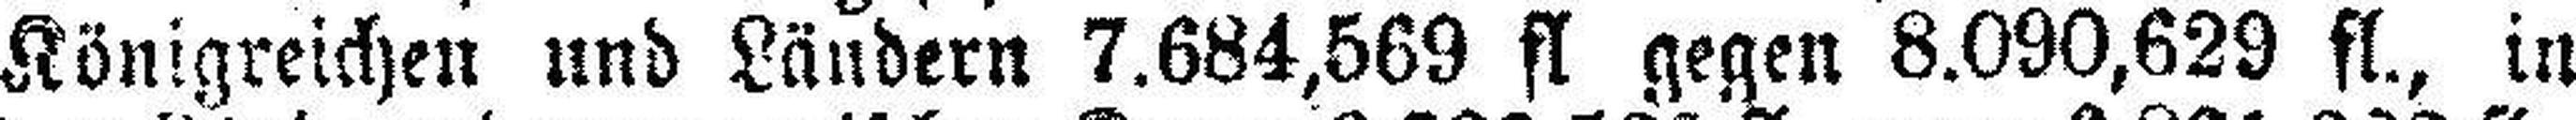
Königreichen und Ländern 7.684,569 fl gegen 8.090,629 fl., in